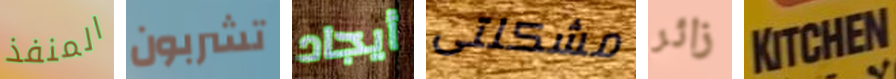
المنفذ تشربون أيجاد مشكلتى زائر KITCHEN